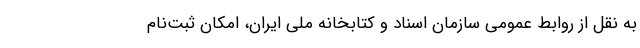
به نقل از روابط عمومی سازمان اسناد و کتابخانه ملی ایران، امکان ثبت‌نام